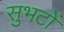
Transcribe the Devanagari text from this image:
सुभटों